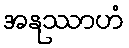
အနုဿာဟံ